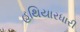
હથિયારધારી